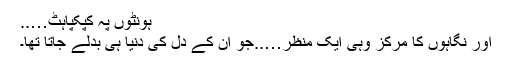
ہونٹوں پہ کپکپاہٹ…..
اور نگاہوں کا مرکز وہی ایک منظر…..جو ان کے دل کی دنیا ہی بدلے جاتا تھا۔